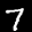
Label: 7